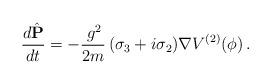
LaTeX: \begin{align*}\frac{d\hat{{\mathbf P}}}{dt} = - \frac{\,g^2}{2m}\,(\sigma_3 + i\sigma_2){\mathbf \nabla} V^{(2)}(\phi)\,.\end{align*}